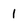
Character: 1